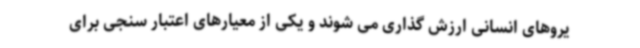
یروهای انسانی ارزش گذاری می شوند و یکی از معیارهای اعتبار سنجی برای